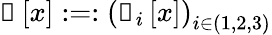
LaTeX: \boldsymbol{\mathscr{g}}\left[\mathcal{x}\right]:=:\left(\boldsymbol{\mathscr{g}}_{i}\left[\mathcal{x}\right]\right)_{i\in(1,2,3)}